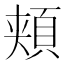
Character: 頬